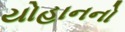
યોહાનનો